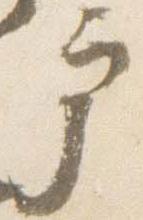
戸